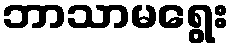
ဘာသာမရွေး